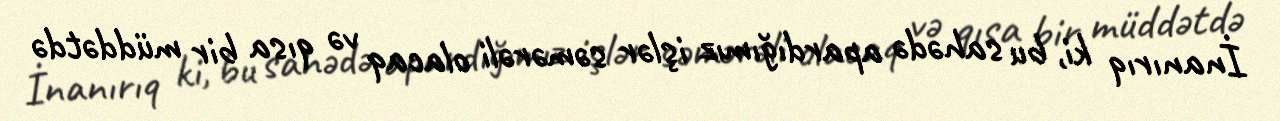
İnanırıq ki, bu sahədə apardığımız işlər səmərəli olacaq və qısa bir müddətdə